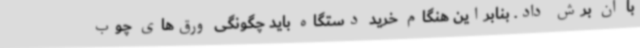
با آن برش داد. بنابراین هنگام خرید دستگاه باید چگونگی ورق‌های چوب